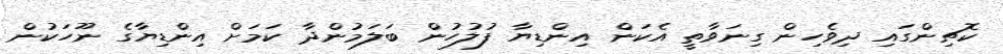
ކޮޗިންގައި ދިވެހިން ގިނަވާތީ އެކަން އިންޑިޔާ ފުލުހުން ބަލަމުންދާ ކަމަށް އިންޑިޔާގެ ނޫހަކުން